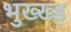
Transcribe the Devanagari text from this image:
भुख्ख्ड़